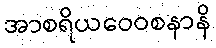
အာစရိယဝေဝစနာနိ